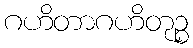
ဂဟိတာဂဟိတုဉ္စ